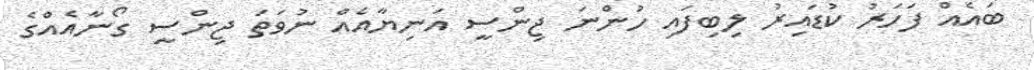
ބައެއް ފަހަރު ކުޑައިރު ލިބިފައި ހުންނަ ޖިންސީ އަނިޔާއެއް ނުވަތަ ޖިންސީ ގޯނާއެއްގެ